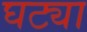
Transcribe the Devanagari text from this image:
घट्या